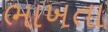
ભાખતા